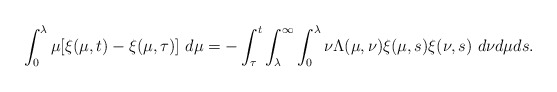
\begin{align*}\int_{0}^{\lambda}\mu[\xi(\mu,t)-\xi(\mu,\tau)]\ d\mu = -\int_{\tau}^{t}\int_{\lambda}^{\infty}\int_{0}^{\lambda}\nu\Lambda(\mu,\nu)\xi(\mu,s)\xi(\nu,s)\ d\nu d\mu ds.\end{align*}%\end{align*}